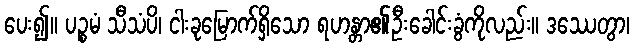
ပေး၍။ ပဉ္စမံ သီသံပိ၊ ငါးခုမြောက်ရှိသော ရဟန္တာ၏ဦးခေါင်းခွံကိုလည်း။ ဒဿေတွာ၊